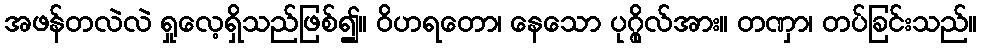
အဖန်တလဲလဲ ရှုလေ့ရှိသည်ဖြစ်၍။ ဝိဟရတော၊ နေသော ပုဂ္ဂိုလ်အား။ တဏှာ၊ တပ်ခြင်းသည်။